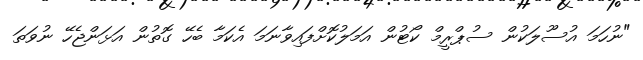
"ނުހަމަ އުސޫލަކުން ސުޕްރީމް ކޯޓުން އަމަލުކޮށްފައިވާނަމަ އެކަމާ ބެހޭ ގޮތުން އަޅަންޖެހޭ ނުވަތަ